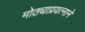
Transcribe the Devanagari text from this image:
मोठ्याप्रयत्नाने